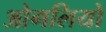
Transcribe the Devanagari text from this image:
ओगलियो